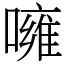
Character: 噰